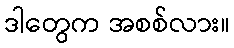
ဒါတွေက အစစ်လား။